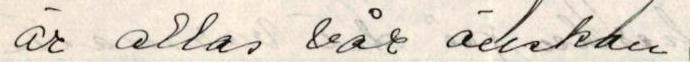
är allas vår önskan.